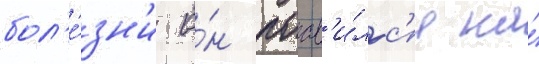
бол'е́зн'и о́н поав'и́лс'я на́